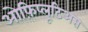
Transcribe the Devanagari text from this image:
ओफ़िप्लूटिअस